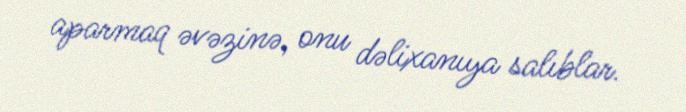
aparmaq əvəzinə, onu dəlixanıya salıblar.